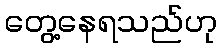
တွေ့နေရသည်ဟု